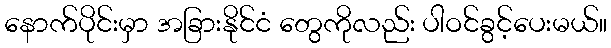
နောက်ပိုင်းမှာ အခြားနိုင်ငံ တွေကိုလည်း ပါဝင်ခွင့်ပေးမယ်။